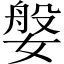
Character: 媻